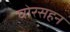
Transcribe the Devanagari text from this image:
घोरसहन